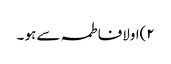
٢)اولافاطمہ سے ہو ۔